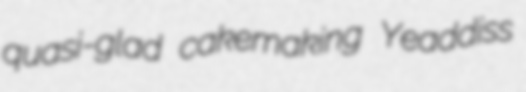
quasi-glad cakemaking Yeaddiss